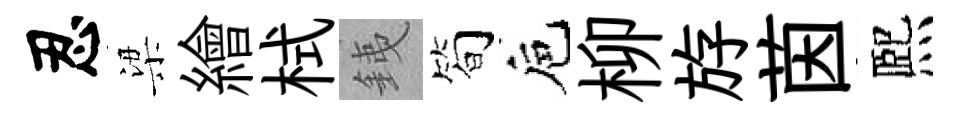
忍梁繪栻銕筍巵柳斿茵熈